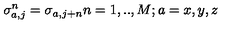
\sigma _ { a , j } ^ { n } = \sigma _ { a , j + n } n = 1 , . . , M ; a = x , y , z